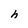
Character: h